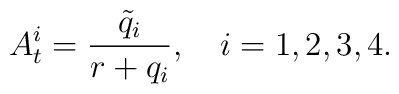
A^i _t = \frac{\tilde q_i}{r +q_i}, \ \ \  i=1, 2, 3, 4.